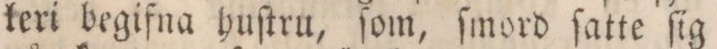
keri begifna huſtru, ſom, ſmord ſatte ſig